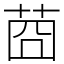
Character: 莔